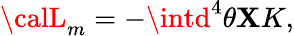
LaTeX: {\calL}_{m}=-\intd^{4}\theta\mathbf{X}K,